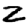
Digit: 2